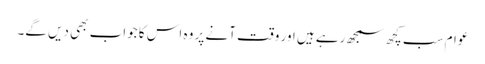
عوام سب کچھ سمجھ رہے ہیں اور وقت آنے پر وہ اس کا جواب بھی دیں گے۔